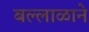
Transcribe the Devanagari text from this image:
बल्लाळाने